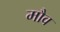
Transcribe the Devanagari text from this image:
मौव